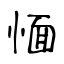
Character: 愐